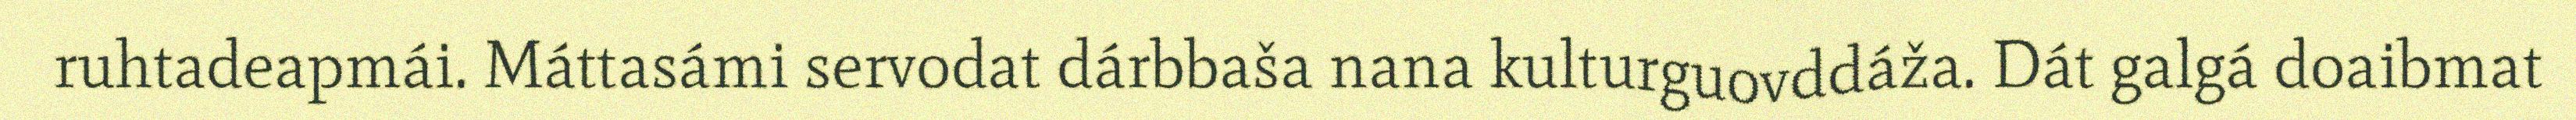
ruhtadeapmái. Máttasámi servodat dárbbaša nana kulturguovddáža. Dát galgá doaibmat